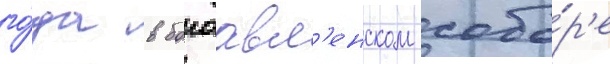
го́да в богоавл'енском собо́р'е